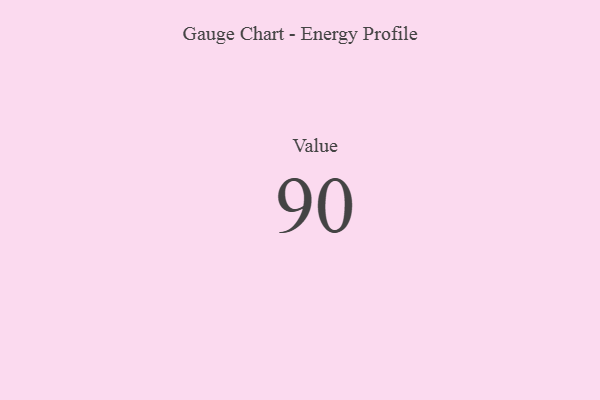
{"axis": {"x": "Metric", "y": "Value"}, "legend": [""], "data": [{"x": "Value", "y": 90, "type": ""}]}